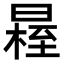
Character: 𣉴